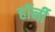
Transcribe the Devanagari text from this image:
हॉर्नी